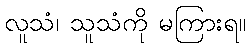
လူသံ၊ သူသံကို မကြားရ။